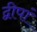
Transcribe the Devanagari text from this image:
द्वीपां